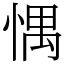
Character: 㥥